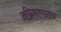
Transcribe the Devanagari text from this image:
अग्निबाणातच